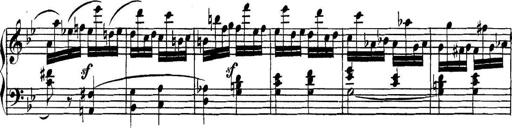
Title: Collected Piano Sonatas
Composer: Muzio Clementi